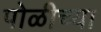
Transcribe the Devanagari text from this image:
पोळीच्या